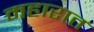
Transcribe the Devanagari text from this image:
महारात